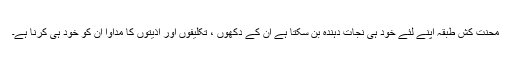
محنت کش طبقہ اپنے لئے خود ہی نجات دہندہ بن سکتا ہے ان کے دکھوں ، تکلیفوں اور اذیتوں کا مداوا ان کو خود ہی کرنا ہے۔